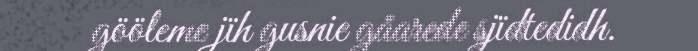
gööleme jïh gusnie gåarede sjïdtedidh.